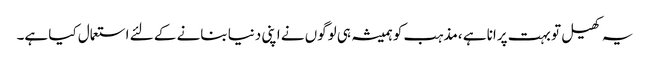
یہ کھیل تو بہت پرانا ہے ،مذہب کو ہمیشہ ہی لوگوں نے اپنی دنیا بنانے کے لئے استعمال کیا ہے۔